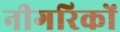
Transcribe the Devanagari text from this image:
नीगरिकों